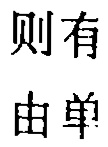
则有
由单